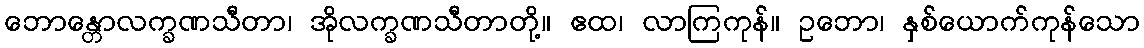
ဘောန္တောလက္ခဏသီတာ၊ အိုလက္ခဏသီတာတို့။ ဧထ၊ လာကြကုန်။ ဥဘော၊ နှစ်ယောက်ကုန်သော